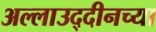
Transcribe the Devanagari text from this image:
अल्लाउद्दीनच्या